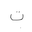
Letter: _ta